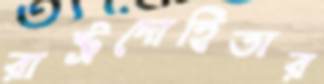
রাষ্ট্রদোহিতার